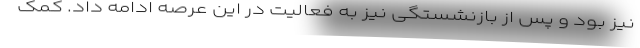
نیز بود و پس از بازنشستگی نیز به فعالیت در این عرصه ادامه داد. کمک